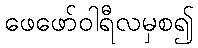
ဖေဖော်ဝါရီလမှစ၍